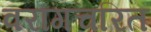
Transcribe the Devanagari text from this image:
वरांगचरित